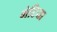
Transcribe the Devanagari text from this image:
भेटिया